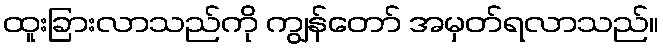
ထူးခြားလာသည်ကို ကျွန်တော် အမှတ်ရလာသည်။